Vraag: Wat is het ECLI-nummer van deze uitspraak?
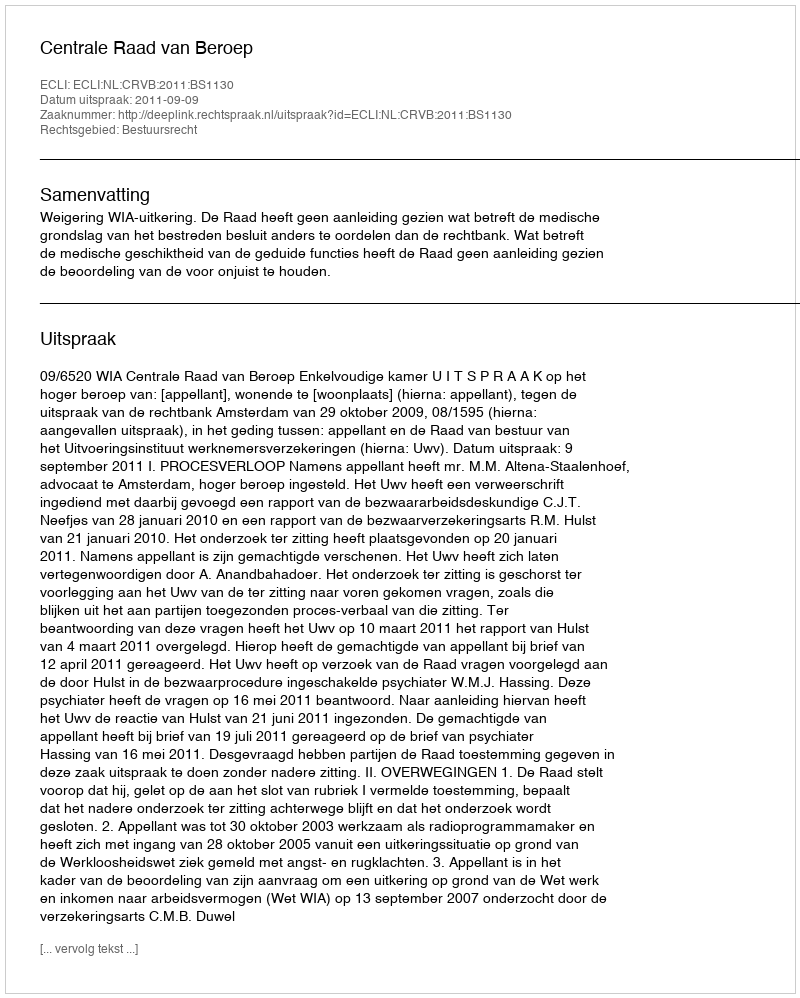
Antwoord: ECLI:NL:CRVB:2011:BS1130